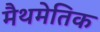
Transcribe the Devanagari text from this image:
मैथमेतिक